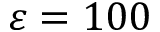
\varepsilon = 1 0 0